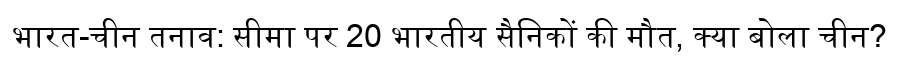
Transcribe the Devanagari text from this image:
भारत-चीन तनाव: सीमा पर 20 भारतीय सैनिकों की मौत, क्या बोला चीन?